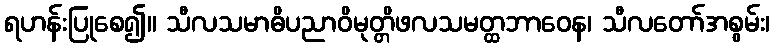
ရဟန်းပြုစေ၍။ သီလသမာဓိပညာဝိမုတ္တိဖလသမတ္ထဘာဝေန၊ သီလတော်အစွမ်း၊